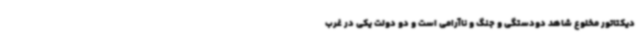
دیکتاتور مخلوع شاهد دودستگی و جنگ و ناآرامی است و دو دولت یکی در غرب